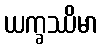
ယက္ခဿိမာ